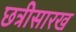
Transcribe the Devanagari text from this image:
छत्रीसारख